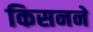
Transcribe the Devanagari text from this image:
किसनने